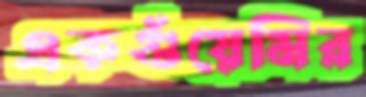
একগুঁয়েমির